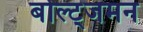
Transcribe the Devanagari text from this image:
बोल्ट्जमन